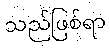
သည်ဖြစ်ရာ